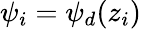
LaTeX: \psi_{i}=\psi_{d}(z_{i})